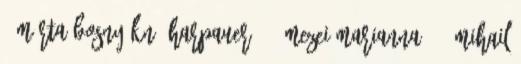
- Márta Bosnyákné Harpauer,3 - Mezei Marianna,3 - Mihail